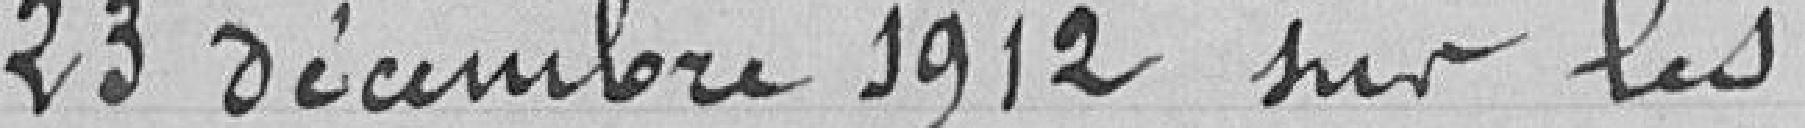
23 décembre 1912 sur les